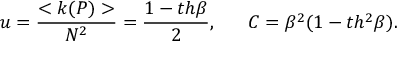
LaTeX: u = \frac { < k ( P ) > } { N ^ { 2 } } = \frac { 1 - t h \beta } { 2 } , ~ ~ ~ ~ ~ C = \beta ^ { 2 } ( 1 - t h ^ { 2 } \beta ) .